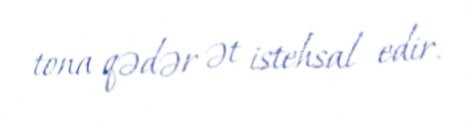
tona qədər ət istehsal edir.